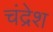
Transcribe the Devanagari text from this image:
चंद्रेश